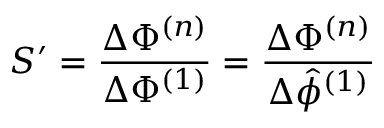
S ^ { \prime } = \frac { \Delta \Phi ^ { ( n ) } } { \Delta \Phi ^ { ( 1 ) } } = \frac { \Delta \Phi ^ { ( n ) } } { \Delta \hat { \phi } ^ { ( 1 ) } }